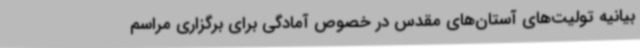
بیانیه تولیت‌های آستان‌های مقدس در خصوص آمادگی برای برگزاری مراسم